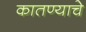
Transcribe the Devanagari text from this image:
कातण्याचे